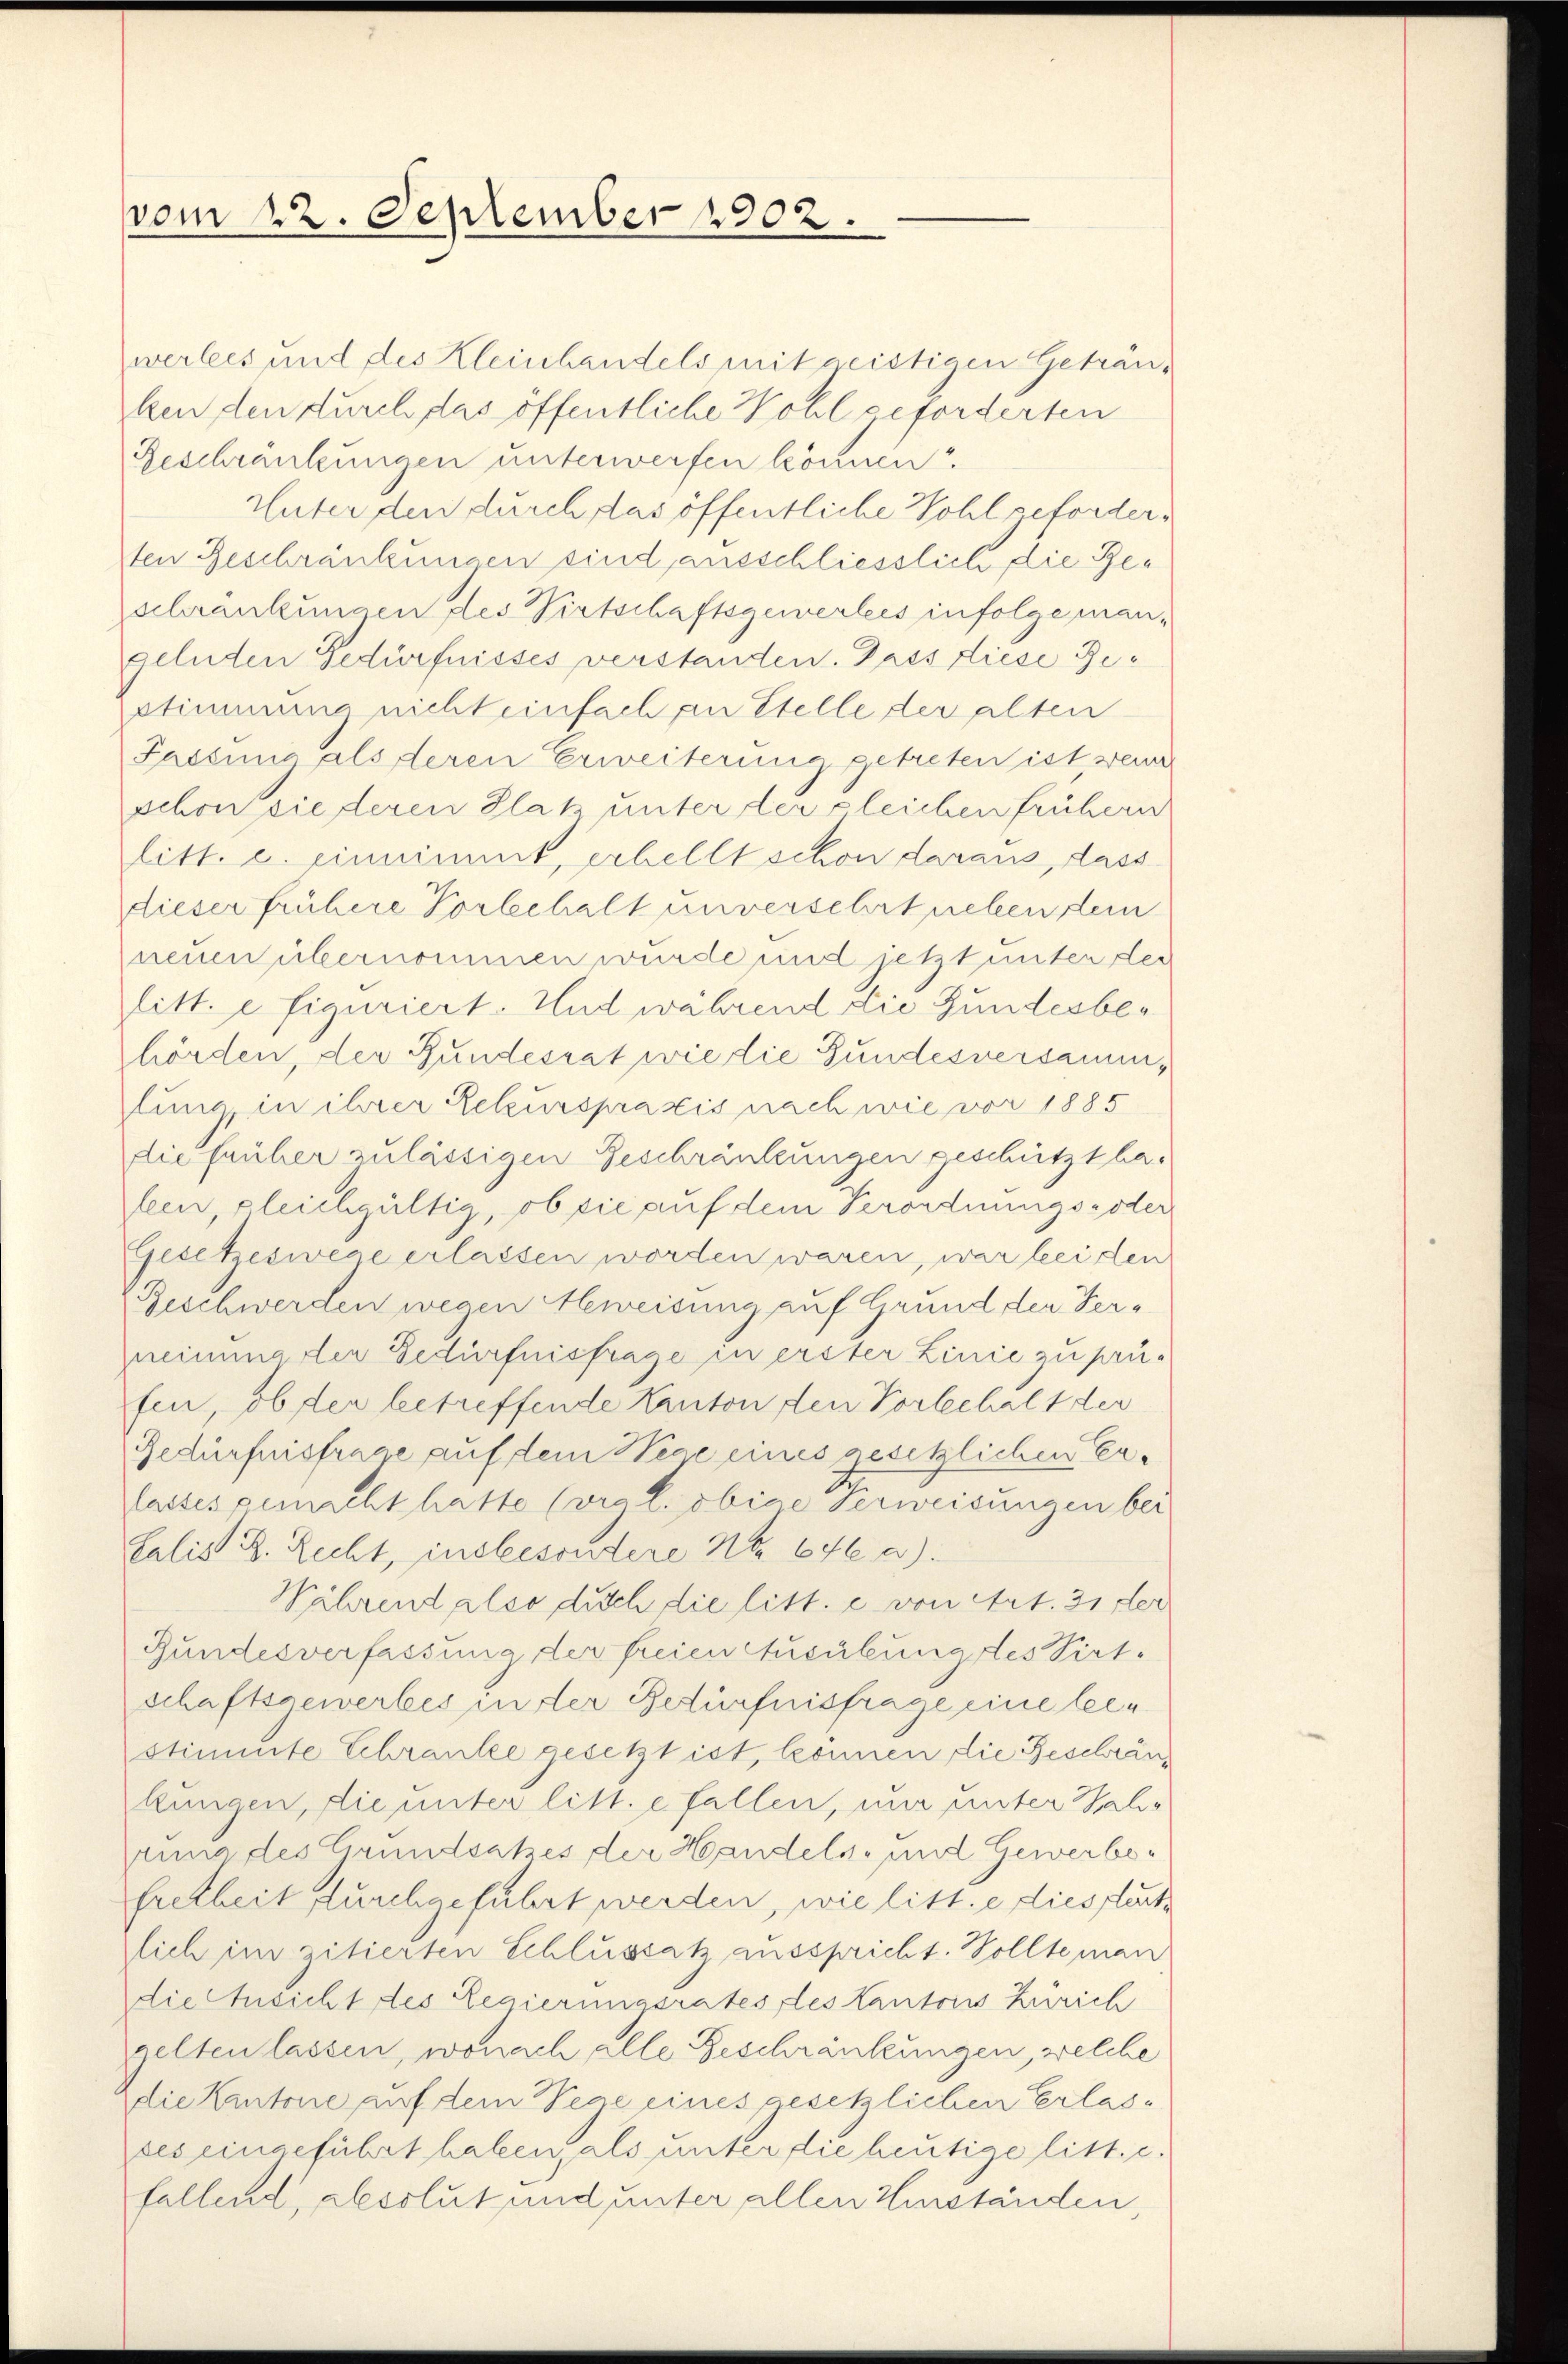
vom 22. September 1902.

werbes und des Kleinhandels mitgeistigen Geträuken den durch das öffentliche Wohl geforderten
Beschränkungen unterwerfen können.
Unter den durch das öffentliche Wohl geforderten Geschränkungen sind ausschliesslich die Beschränkungen des Wirtschaftsgewerbes infolge mangelnden Bedürfnisses verstanden. Dass diese Bestimmung nicht einfach an Stelle der alten
Passung als deren Erweiterung getreten ist, wenn
schon sie deren Platz unter der gleichen frühern
litt. c. einnimmt, erbellt schon daraus, dass
dieser frühere Vorbehalt unversehrt neben dem
neuen übernommen wurde und jetzt unter der
litt. e figuriert. Und während die Gundesbehörden, der Bundesrat wie die Gundesversammhlung, in ihrer Rekurspraxis nach wie vor 1885
die früher zulässigen Beschränkungen geschützt hafeen, gleichgültig, ob sie auf dem Verordnungszöder
Gesetzeswege erlassen worden waren, war bei den
Beschwerden wegen Beweisung auf Grund der Verneimmater Bedürfnisfrage in erster Linie zu prüfen, ob der betreffende Kanton den Vorbehalt der
Gedürfnisfrage auf dem Hege eines gesetzlichen Erlasses gemacht hatte (vgl. obige Verweisungen bei
Salis D. Recht, insbesondere Nr. 646 a):
Während also durch die litt. e von Art. 31 der
Bundesverfassung der freien Ausübungstes Virtschaftsgewerbes in der Bedürfnisfrage eine leestimmte Schranke gesetzt ist, können die Geschränkungen, die unter litt. e fallen, nur unter Wah-
Zuung des Grundsatzes der Handels- und Gewerbefretheit durchgeführt werden, wie litt. e dies flect
lich im zitierten Schlussatz ausspricht. Wollte man
die Ausicht des Regierungsrates des Kantons Zürich
gelten lassen, wonach alle Beschränkungen, welche
die Kantone auf dem Vege eines gesetzlichen Erlasses eingeführt haben, als unter die heutige litt. c.
fallend, absolut und unter allen Einständen,